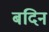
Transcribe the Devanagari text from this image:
बदिन